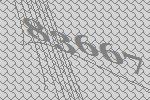
83667